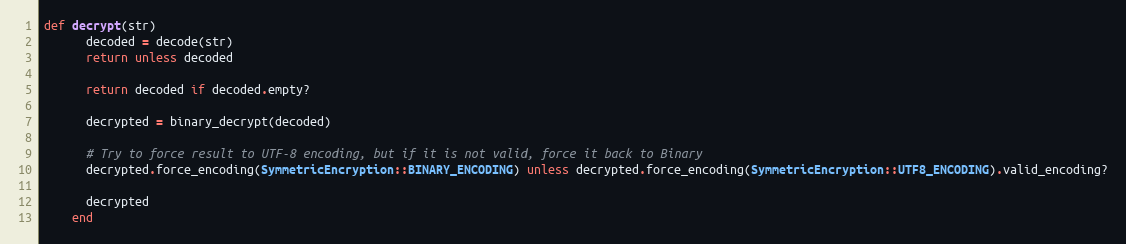
Language: Ruby
def decrypt(str)
      decoded = decode(str)
      return unless decoded

      return decoded if decoded.empty?

      decrypted = binary_decrypt(decoded)

      # Try to force result to UTF-8 encoding, but if it is not valid, force it back to Binary
      decrypted.force_encoding(SymmetricEncryption::BINARY_ENCODING) unless decrypted.force_encoding(SymmetricEncryption::UTF8_ENCODING).valid_encoding?

      decrypted
    end